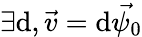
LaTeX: \exists\mathrm{d},\vec{{v}}=\mathrm{d}\vec{{\psi_{0}}}